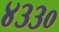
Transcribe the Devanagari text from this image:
४३३०